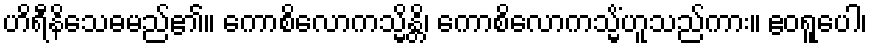
ဟိရီနိသေဓမည်၏။ ကောစိလောကသ္မိန္တိ၊ ကောစိလောကသ္မိံဟူသည်ကား။ ဧဝရူပေါ၊